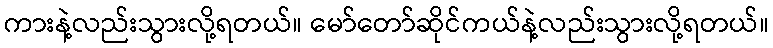
ကားနဲ့လည်းသွားလို့ရတယ်။ မော်တော်ဆိုင်ကယ်နဲ့လည်းသွားလို့ရတယ်။